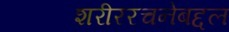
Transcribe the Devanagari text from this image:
शरीररचनेबद्दल